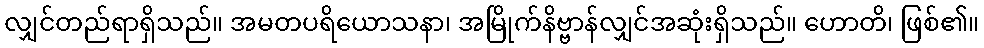
လျှင်တည်ရာရှိသည်။ အမတပရိယောသနာ၊ အမြိုက်နိဗ္ဗာန်လျှင်အဆုံးရှိသည်။ ဟောတိ၊ ဖြစ်၏။